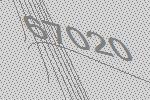
67020